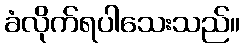
ခံလိုက်ရပါသေးသည်။